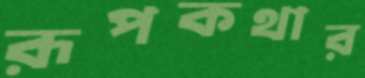
রূপকথার